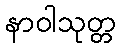
နာဝါသုတ္တ